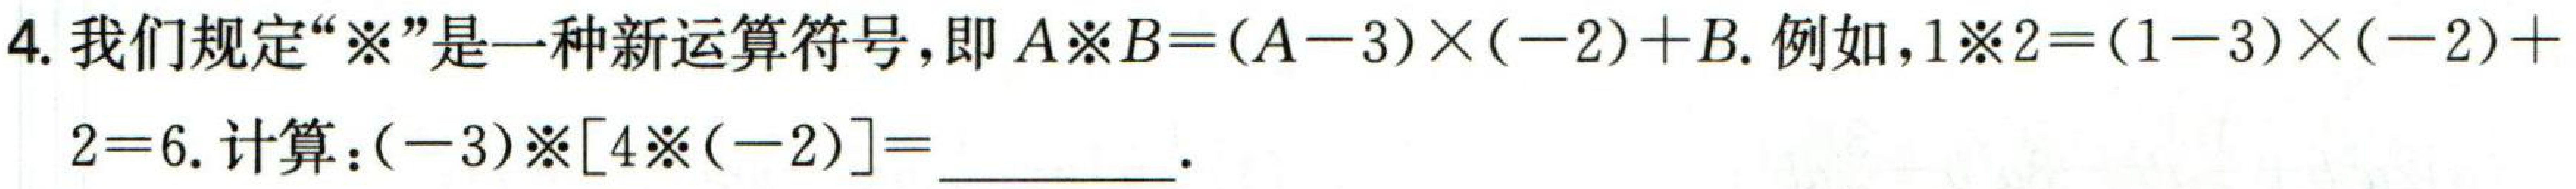
4. 我们规定“※”是一种新运算符号，即\(A※B=(A - 3)\times(-2)+B\). 例如，\(1※2=(1 - 3)\times(-2)+2 = 6\). 计算：\((-3)※[4※(-2)]=\) ________.